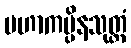
မဟာကပ္ပိနသုတ္တံ